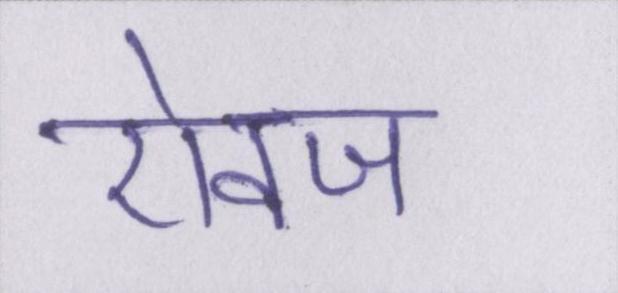
ऐवज